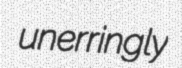
unerringly